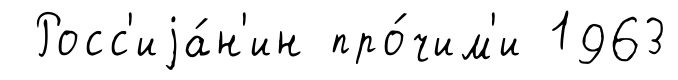
Росс'иjа́н'ин про́чим'и 1963